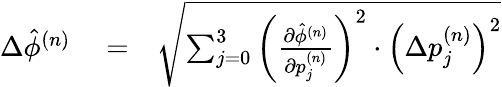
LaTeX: \begin{array}{rlr}{\Delta\hat{\phi}^{(n)}}&{{}=}&{\sqrt{\sum_{j=0}^{3}\left(\frac{\partial\hat{\phi}^{(n)}}{\partial p_{j}^{(n)}}\right)^{2}\cdot\left(\Delta p_{j}^{(n)}\right)^{2}}}\end{array}